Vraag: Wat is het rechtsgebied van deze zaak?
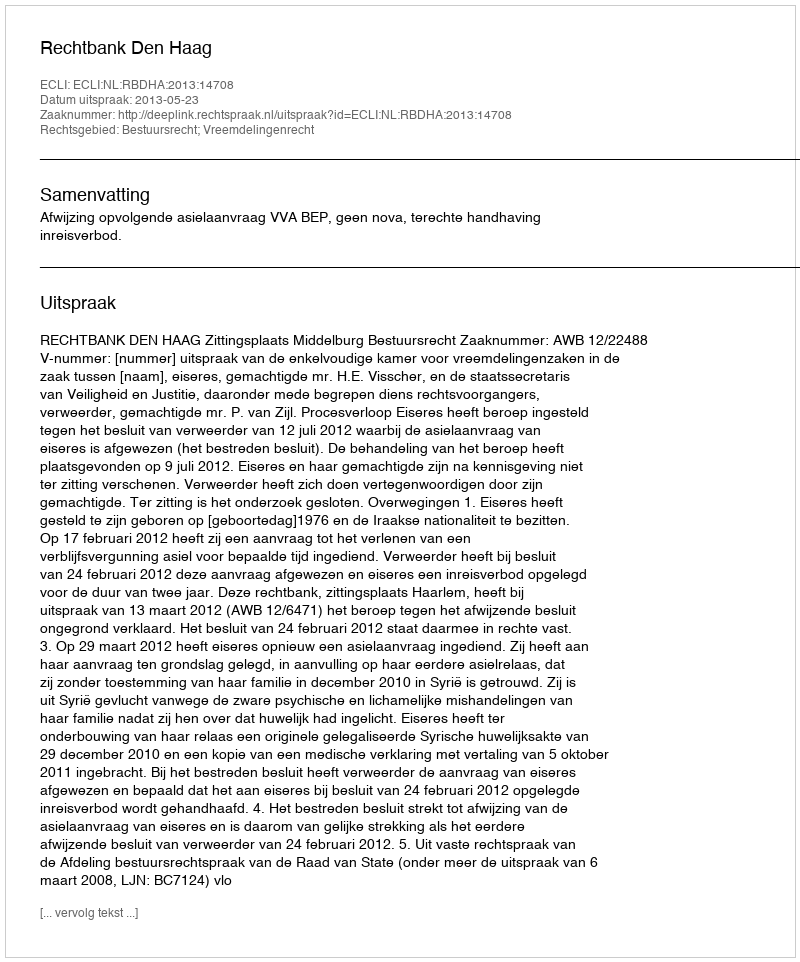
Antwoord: Bestuursrecht; Vreemdelingenrecht